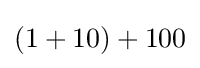
(1+10)+100